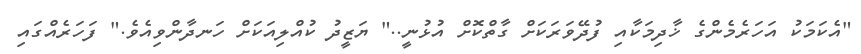
"އެކަމަކު އަހަރެމެންގެ ޚާދިމަކާއި ފުދޭވަރަކަށް ގާތްކޮށް އުޅުނީ.." ޔަޒީދު ކުއްލިއަކަށް ހަނދާންވިއެވެ." ފަހަރެއްގައި